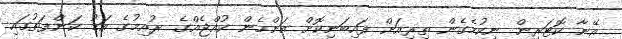
އޭނާ ކޮޓަރިން ނިކުމެގެން ތިރިއަށް ފައިބަނިކޮށް އަންހެން ކުއްޖެއްގެ ރުއިމުގެ އަޑު ކަންފަތުގައި